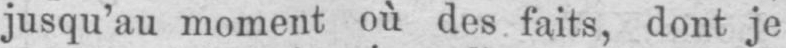
jusqu’au moment où des faits, dont je